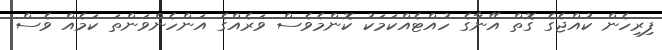
ފިރިހެން ކުއްޖެގެ ގޮތް އޭނާގެ ހުއްޓެއްކަމަކު ކޮންމެވެސް ވަރެއްގެ އަންހެންވަންތަ ކަމެއް ވެސް